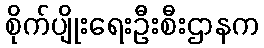
စိုက်ပျိုးရေးဦးစီးဌာနက